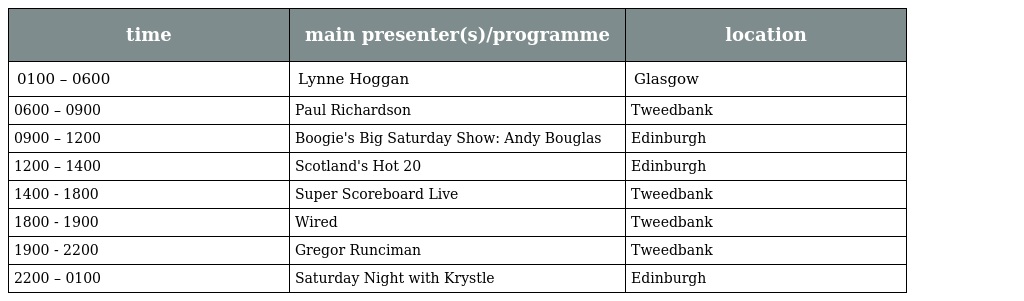
| time | main presenter(s)/programme | location |
 | --- | --- | --- |
 | 0100 – 0600 | Lynne Hoggan | Glasgow |
 | 0600 – 0900 | Paul Richardson | Tweedbank |
 | 0900 – 1200 | Boogie's Big Saturday Show: Andy Bouglas | Edinburgh |
 | 1200 – 1400 | Scotland's Hot 20 | Edinburgh |
 | 1400 - 1800 | Super Scoreboard Live | Tweedbank |
 | 1800 - 1900 | Wired | Tweedbank |
 | 1900 - 2200 | Gregor Runciman | Tweedbank |
 | 2200 – 0100 | Saturday Night with Krystle | Edinburgh |